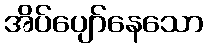
အိပ်ပျော်နေသော